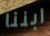
ابننا